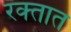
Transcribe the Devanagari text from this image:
रक्‍तात